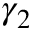
\gamma _ { 2 }